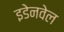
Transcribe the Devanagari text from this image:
इडेनवेल